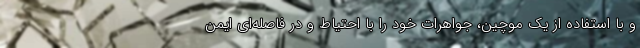
و با استفاده از یک موچین، جواهرات خود را با احتیاط و در فاصله‌ای ایمن